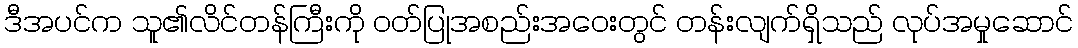
ဒီအပင်က သူ၏လိင်တန်ကြီးကို ဝတ်ပြုအစည်းအဝေးတွင် တန်းလျက်ရှိသည် လုပ်အမှုဆောင်